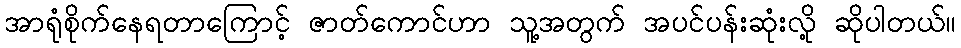
အာရုံစိုက်နေရတာကြောင့် ဇာတ်ကောင်ဟာ သူ့အတွက် အပင်ပန်းဆုံးလို့ ဆိုပါတယ်။